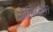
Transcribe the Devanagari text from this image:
मॉलिब्डेना